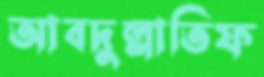
আবদুল্লাতিফ